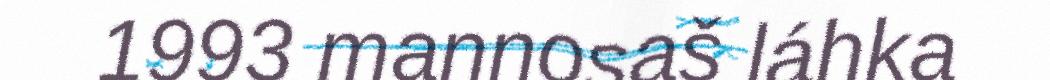
1993 mannosaš láhka